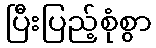
ပြီးပြည့်စုံစွာ